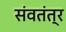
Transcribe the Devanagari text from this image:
संवतंत्र